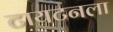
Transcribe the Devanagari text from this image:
टायटनला